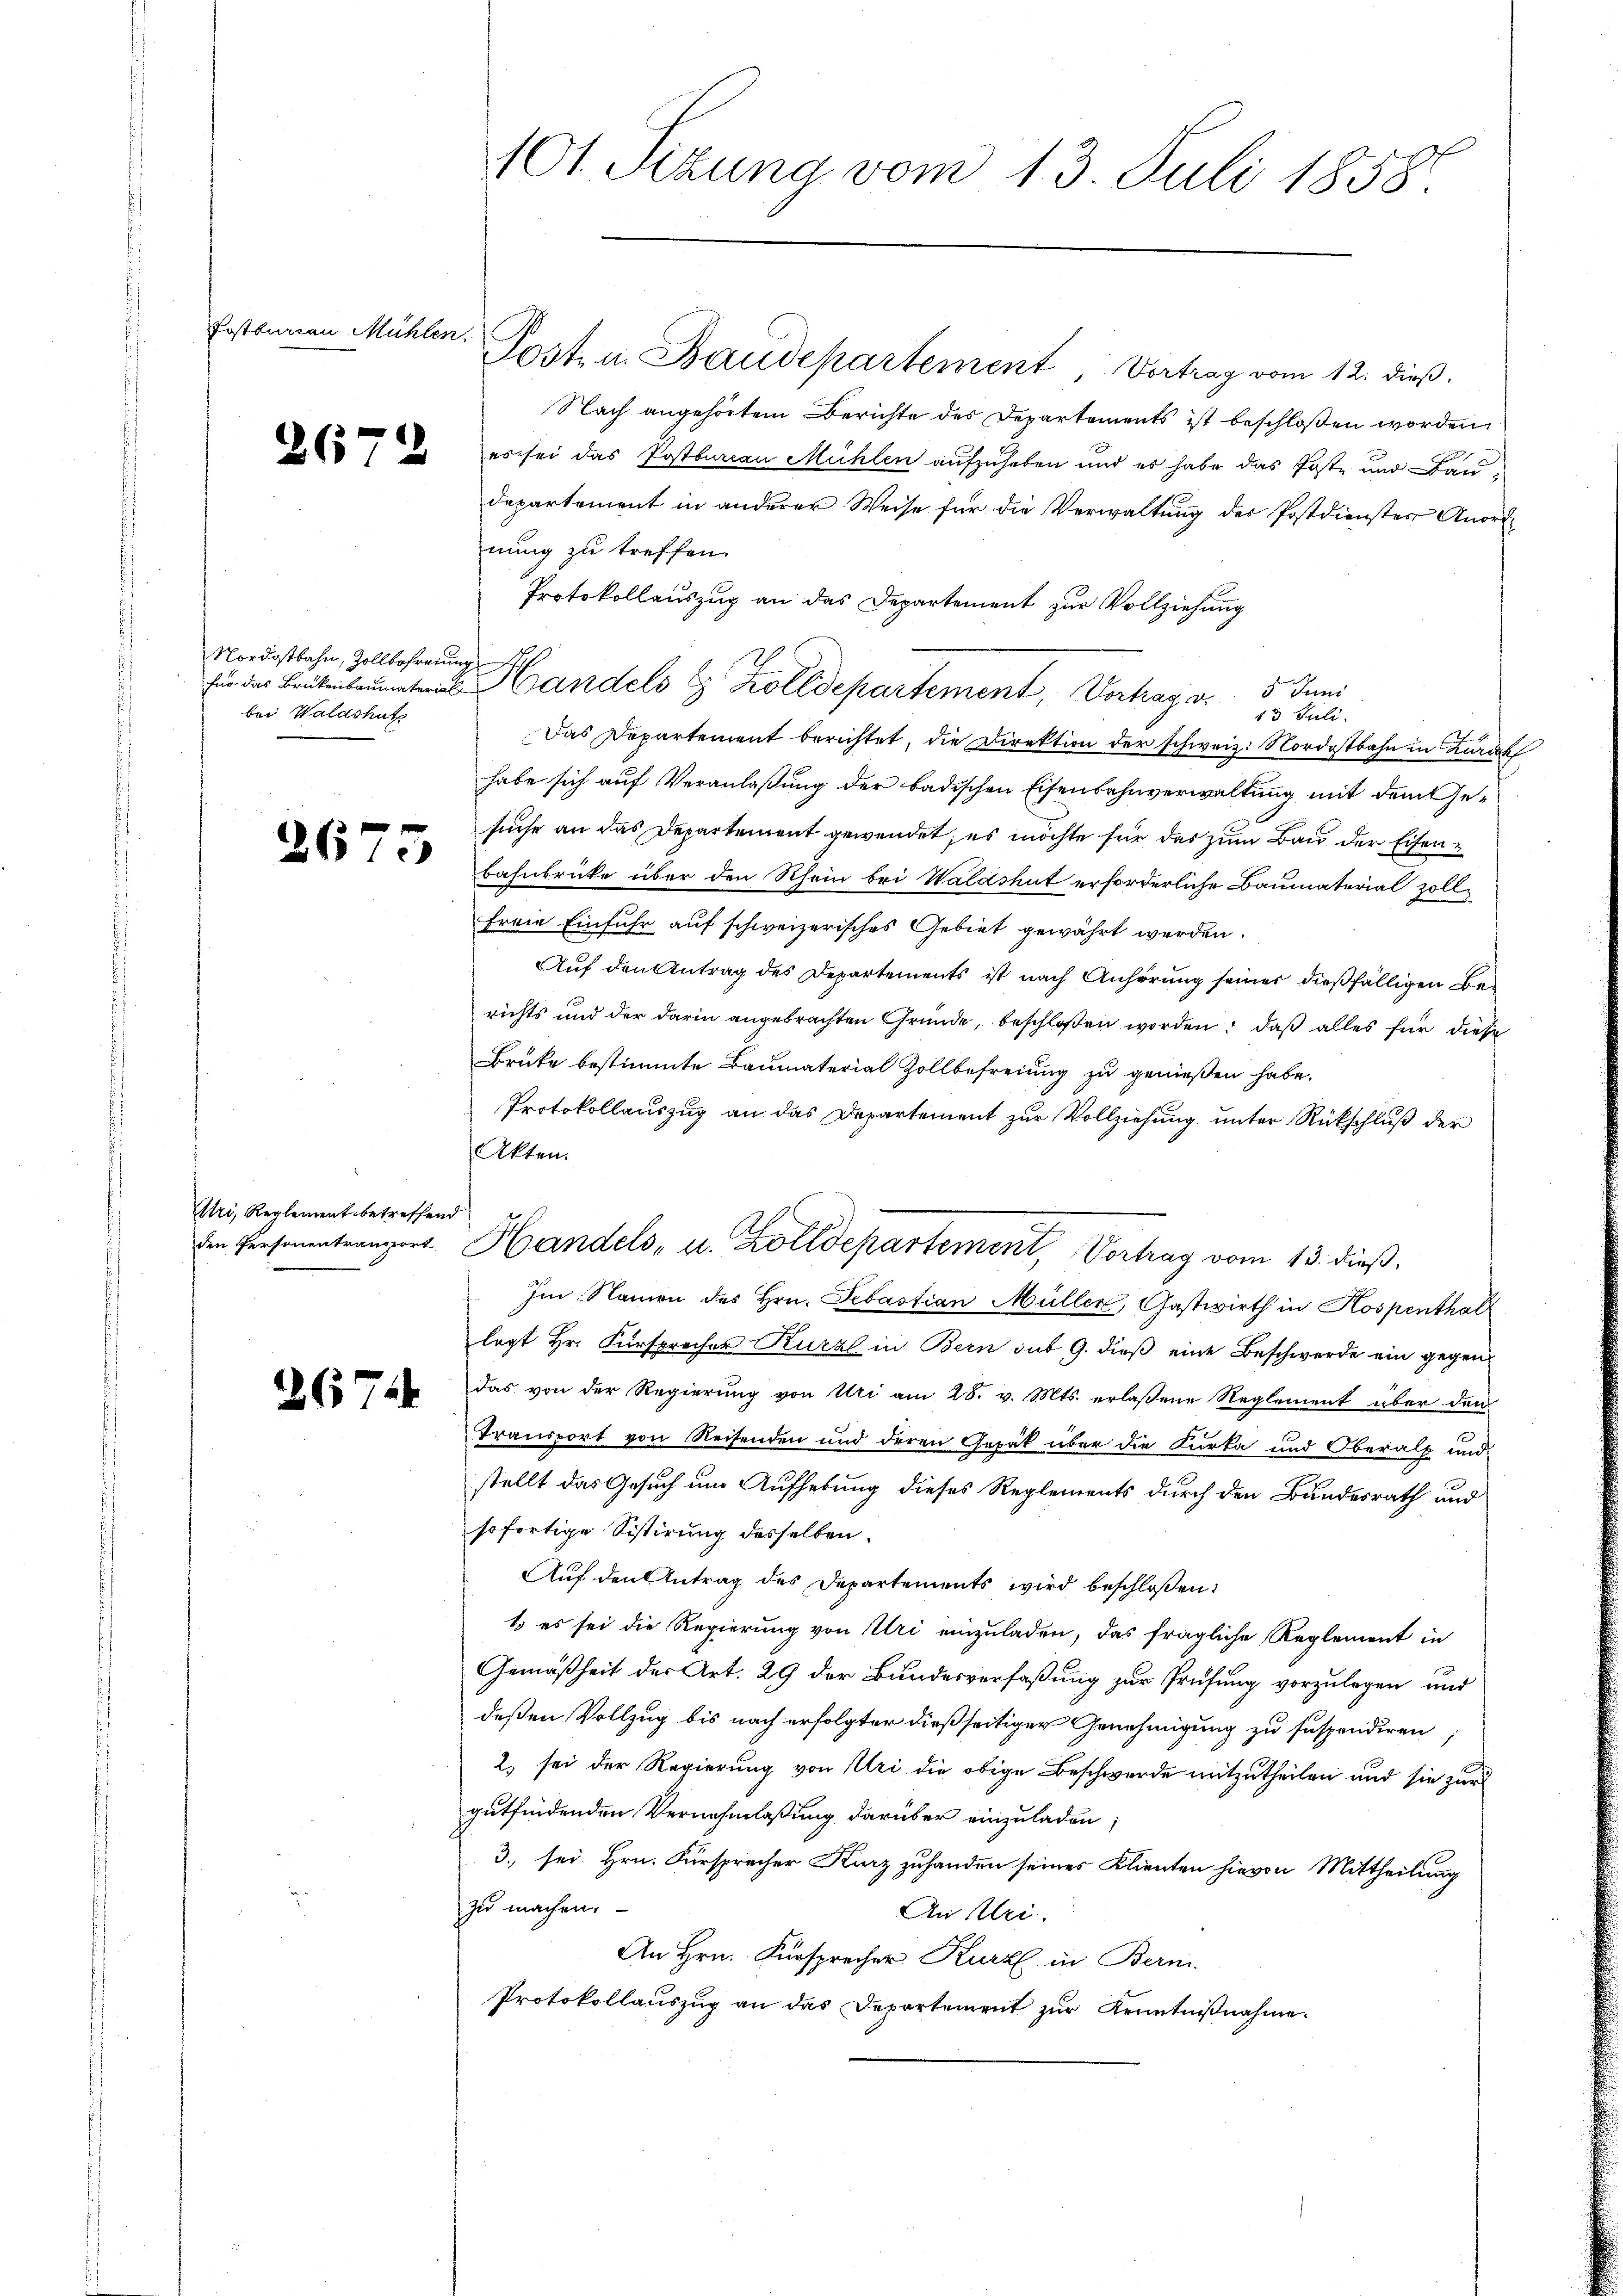
Postburian Mühlen.

26

2

Nordostbahn, Zollbefreiung
bei Waldshutz

267

Uri, Reglement betreffend
den Personentransport

2671

101. Sizung vom 13. Juli 1858.

Posten Baudepartement, Vortrag vom 12. dieß.
Nach angehörtem Berichte des Departements ist beschloßen worden.
es sei das Postbureau Mühlen aufzuheben und es habe das Poste und Baudepartement in anderer Weise für die Verwaltung des Postdienster Anordnung zu treffen.
Protokollauszug an das Departement zur Vollziehung
für das Brükenbaumaterius Handels E. Zolldepartement, Vortrag v.
5. Juni
13 Stili.
Das Departement berichtet, die Direktion der schweiz. Nordostbahn in Zürich
habe sich auf Veranlaßung der badischen Eisenbahnverwaltung mit dem Gesuche an das Departement gewendet, es möchte für das zum Bau der Eisenbahnbrücke über den Rhein bei Waldshut erforderliche Baumaterial zollfreie Einfuhr auf schweizerisches Gebiet gewährt werden.
Auf den Antrag des Departements ist nach Anhörung seiner dießfälligen Berichts und der darin angebrachten Gründe, beschloßen worden, daß alles für diese
Brüke bestimmte Baumaterial Zollbefreiung zu genießen habe.
Protokollauszug an das Departement zur Vollziehung unter Rückschluß der
Akten.
Handels- u. Zolldepartement, Vortrag vom 13. dieß,
Im Namen des Hrn. Febastian Müller, Gastwirth in Hospenthal
legt Hr. Fürsprecher Kurzl in Bern sub 9. dieß eine Beschwerde ein gegendas von der Regierung von Uri am 28. v. Mts. erlaßene Reglement über den
Transport von Reisenden und deren Gepäck über die Kurka und Oberalp und
stellt das Gesuch um Aufhebung dieses Reglements durch den Bundesrath und
sofortige Sistirung desselben.
Auf den Antrag des Departements wird beschloßen:
1. es sei die Regierung von Uri einzuladen, das fragliche Reglement in
Gemäßheit der Art. 29 der Bundesverfaßung zur Prüfung vorzulegen und
deßen Vollzug bis nach erfolgter dießseitiger Genehmigung zu suspendiren
2) sei der Regierung von Uri die obige Beschwerde mitzutheilen und sie zur
gutfindenden Vernehmlassung darüber einzuladen;
3. sei. Hrn. Fürsprecher Kurz zuhanden seines Klienten hievon Mittheilung
zu machen.
An Uri.
An Hrn. Fürsprecher Kurz in Bern.
Protokollauszug an das Departement zur Kenntnißnahme.